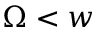
\Omega < w